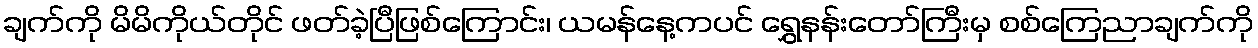
ချက်ကို မိမိကိုယ်တိုင် ဖတ်ခဲ့ပြီဖြစ်ကြောင်း၊ ယမန်နေ့ကပင် ရွှေနန်းတော်ကြီးမှ စစ်ကြေညာချက်ကို